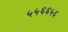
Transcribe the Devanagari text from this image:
५५६६५६